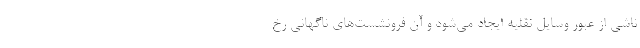
ناشی از عبور وسایل نقلیه ایجاد می‌شود و آن فرونشست‌های ناگهانی رخ